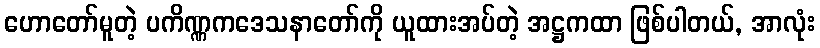
ဟောတော်မူတဲ့ ပကိဏ္ဏကဒေသနာတော်ကို ယူထားအပ်တဲ့ အဋ္ဌကထာ ဖြစ်ပါတယ်, အာလုံး